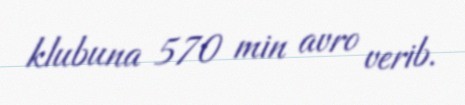
klubuna 570 min avro verib.